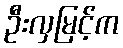
ဦးလှမြင့်က